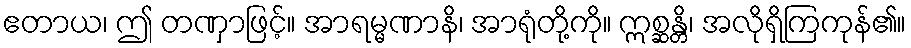
ဧတာယ၊ ဤ တဏှာဖြင့်။ အာရမ္မဏာနိ၊ အာရုံတို့ကို။ ဣစ္ဆန္တိ၊ အလိုရှိကြကုန်၏။